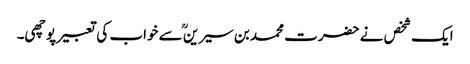
ایک شخص نے حضرت محمد بن سیرینؒ سے خواب کی تعبیر پوچھی۔